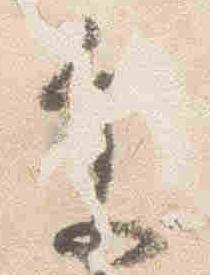
参